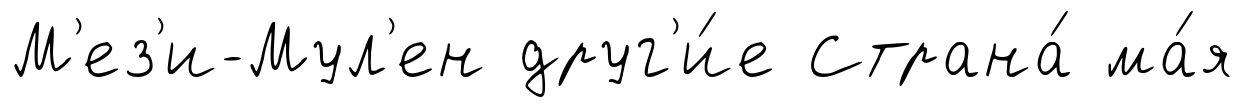
М'ез'и-Мул'ен друг'и́е Страна́ ма́я